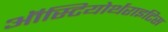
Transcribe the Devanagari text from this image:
ऑस्टियोर्थराइटिस